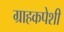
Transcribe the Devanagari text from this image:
ग्राहकपेशी